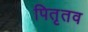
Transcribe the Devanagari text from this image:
पितृतव